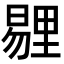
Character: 𪱁